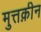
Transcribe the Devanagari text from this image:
मुत्तक़ीन